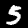
Digit: 5